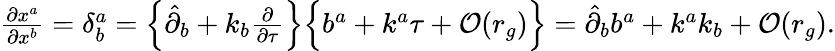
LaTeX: \begin{array}{r}{\frac{\partial x^{a}}{\partial x^{b}}=\delta_{b}^{a}=\Big\{ {\hat{\partial}}_{b}+k_{b}\frac{\partial}{\partial\tau}\Big\} \Big\{ b^{a}+k^{a}\tau+{\cal O}(r_{g})\Big\} =\hat{\partial}_{b}b^{a}+k^{a}k_{b}+{\cal O}(r_{g}).}\end{array}